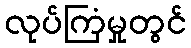
လုပ်ကြံမှုတွင်